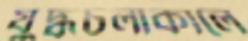
যুদ্ধচলাকালে